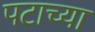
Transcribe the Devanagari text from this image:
पटाच्या